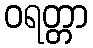
ဝရတ္တာ